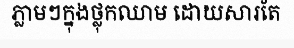
ភ្លាមៗក្នុងថ្លុកឈាម ដោយសារតែ